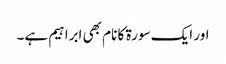
اور ایک سورۃ کا نام بھی ابراہیم ہے۔